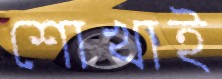
শোখাই